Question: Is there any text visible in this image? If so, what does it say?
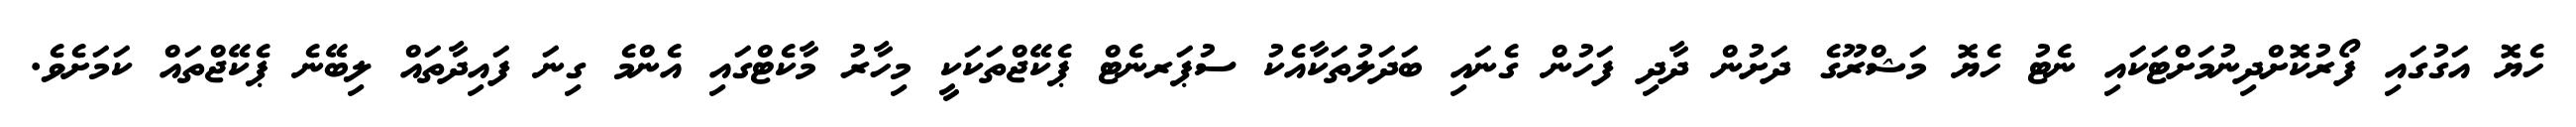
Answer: ހެޔޮ އަގުގައި ފޯރުކޮށްދިނުމަށްޓަކައި ނެޓު ހެޔޮ މަޝްރޫގެ ދަށުން ދާދި ފަހުން ގެނައި ބަދަލުތަކާއެކު ސުޕަރނެޓް ޕެކޭޖްތަކަކީ މިހާރު މާކެޓްގައި އެންމެ ގިނަ ފައިދާތައް ލިބޭނެ ޕެކޭޖްތައް ކަމަށެވެ.